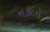
નકલો